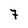
Character: 7